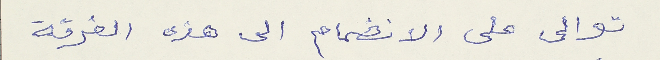
توالى على الانضمام الى هذه الفرقة